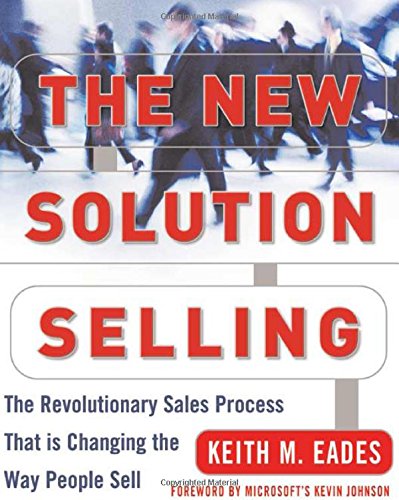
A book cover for The New Solution Selling: The Revolutionary Sales Process That is Changing the Way People Sell; Keith M. Eades; Business & Money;